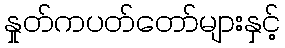
နှုတ်ကပတ်တော်များနှင့်